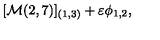
[ { \cal M } ( 2 , 7 ) ] _ { ( 1 , 3 ) } + \varepsilon \phi _ { 1 , 2 } ,